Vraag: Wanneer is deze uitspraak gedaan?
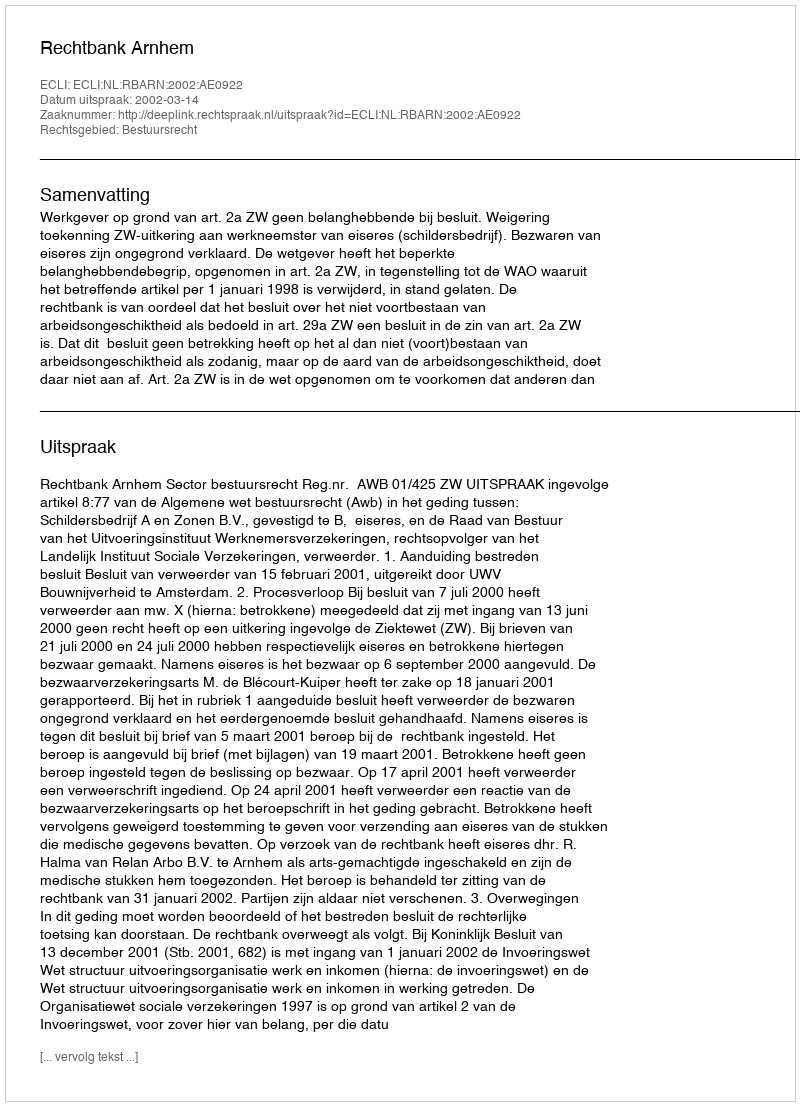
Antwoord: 2002-03-14